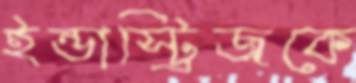
ইন্ডাস্ট্রিজকে